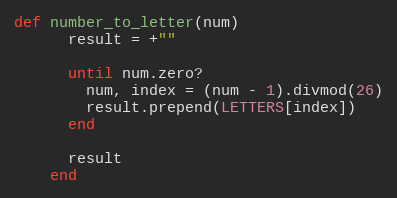
Language: Ruby
def number_to_letter(num)
      result = +""

      until num.zero?
        num, index = (num - 1).divmod(26)
        result.prepend(LETTERS[index])
      end

      result
    end